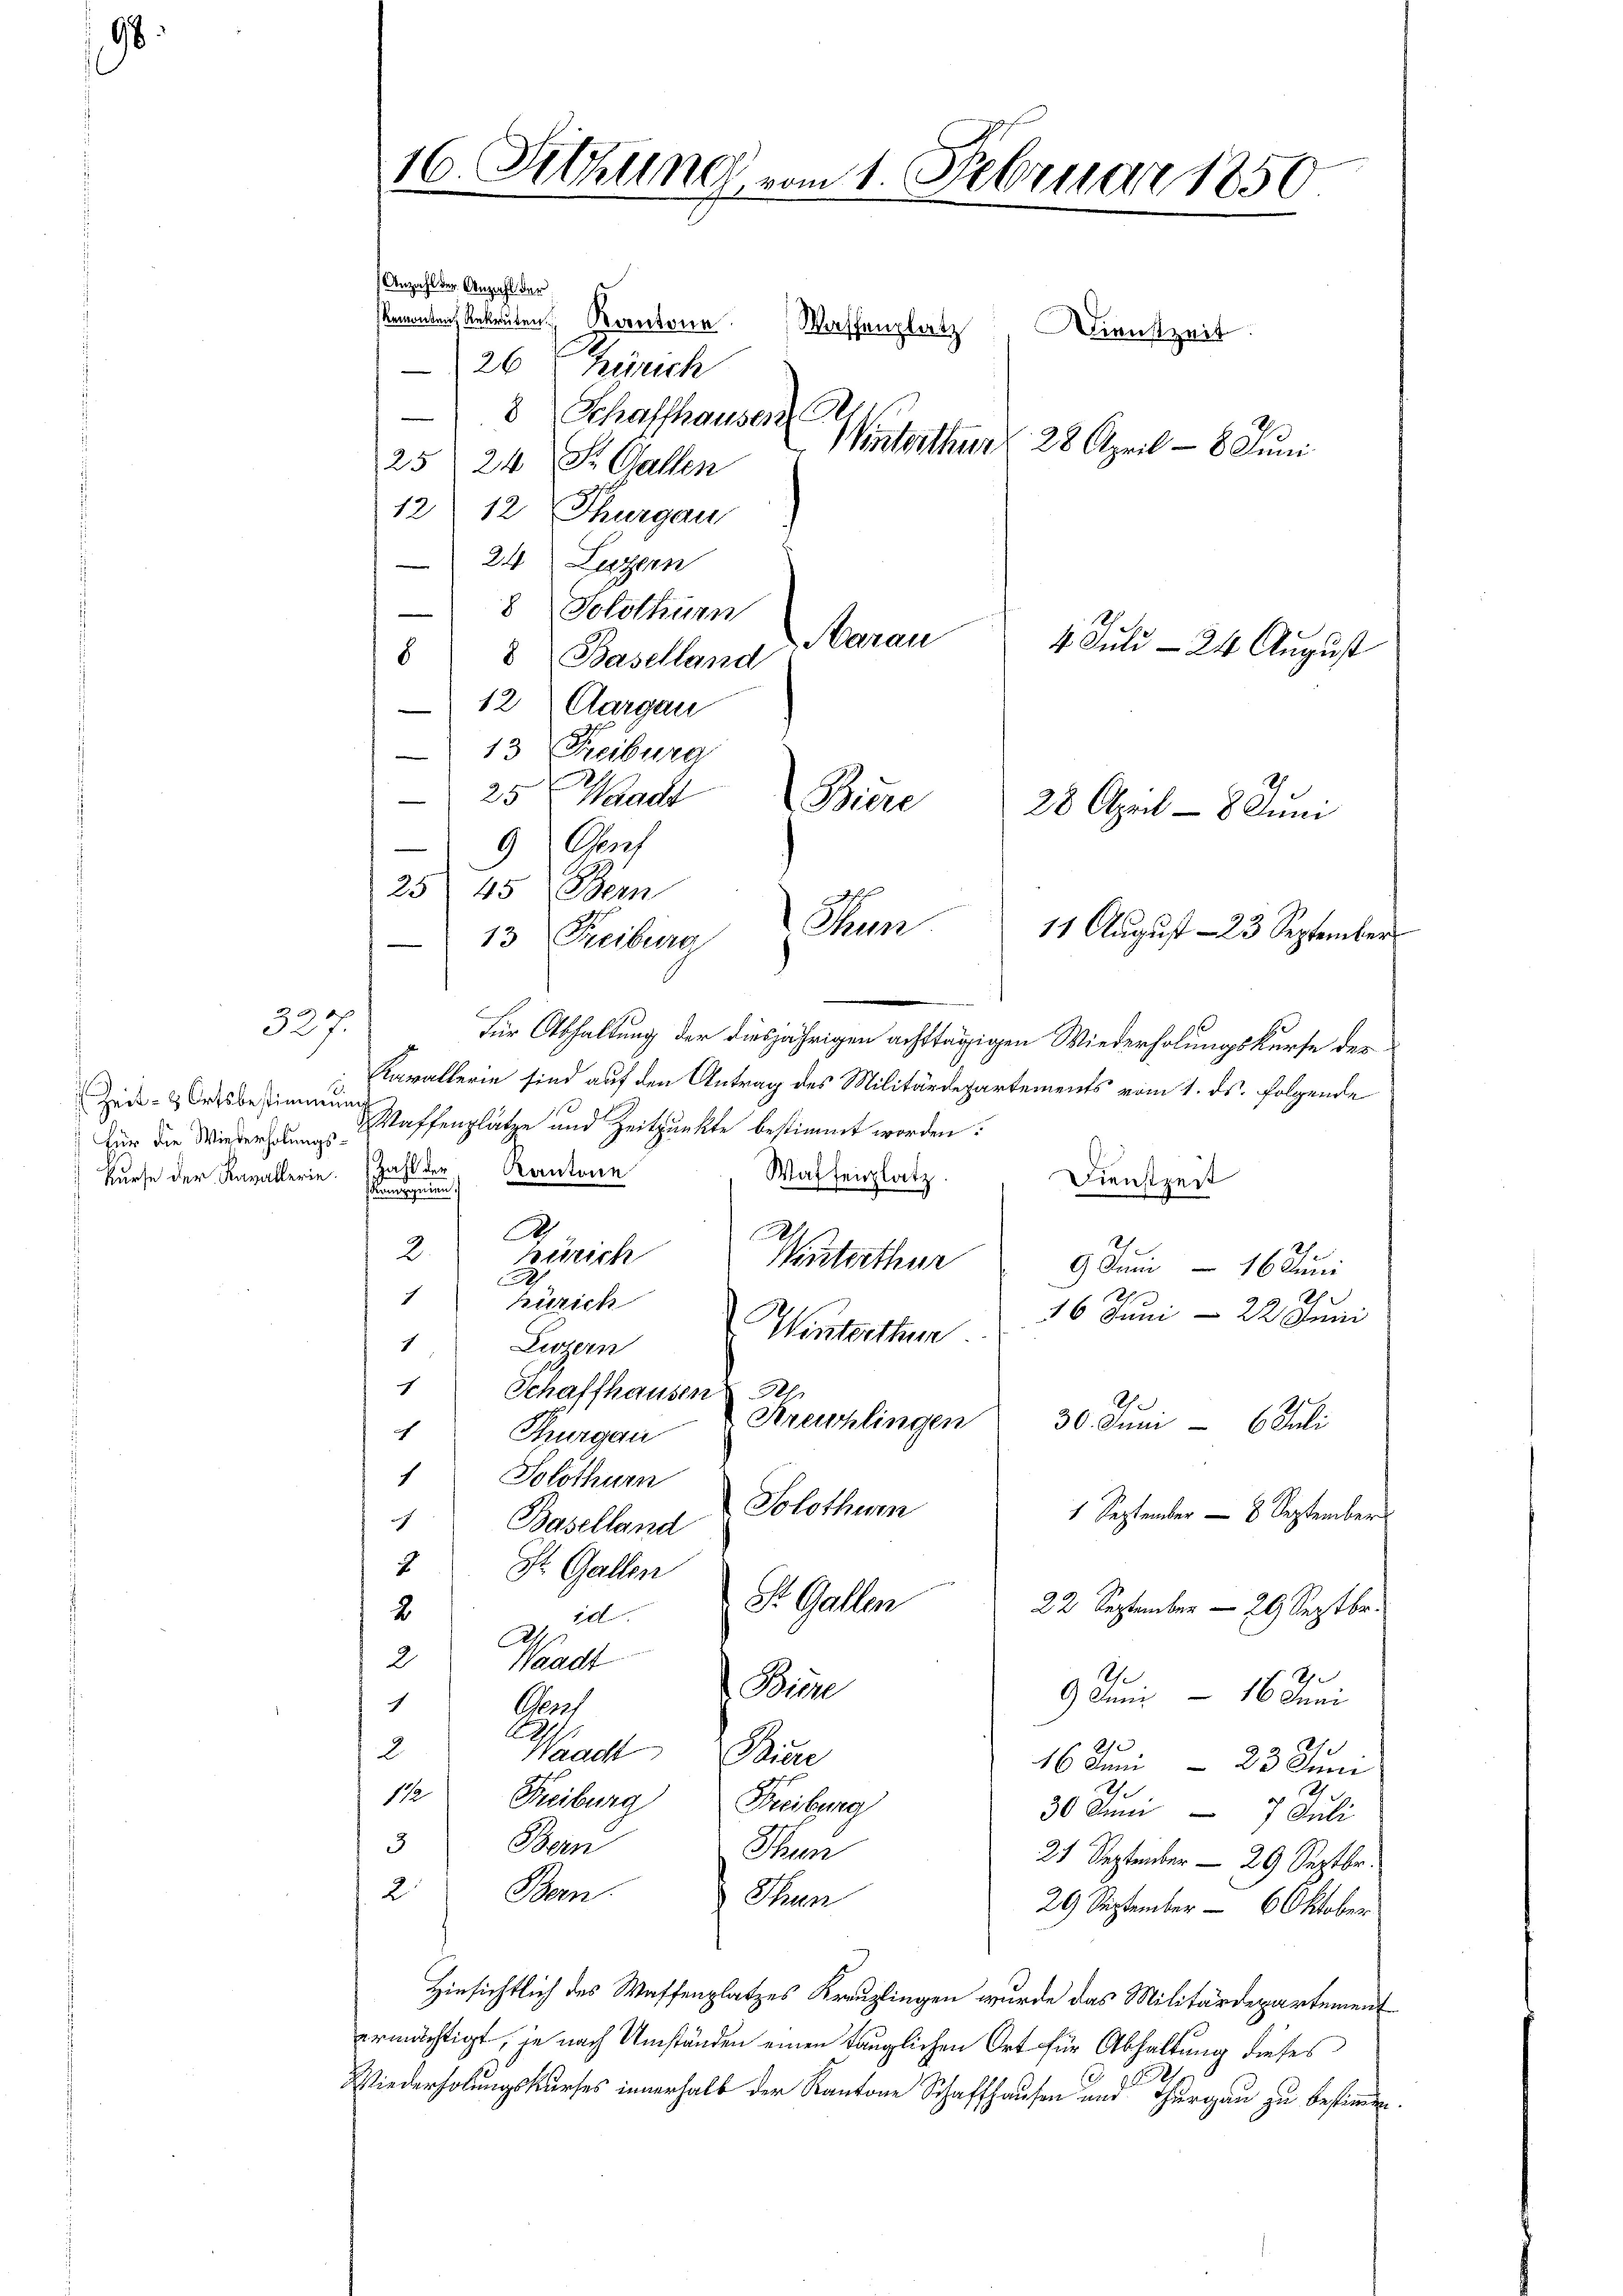
98.

Zeit- & Ortsbestimmung
Für die Wiederholungskurse der Kavallerie.

327.

Anzahl der Anzahl der
sRemonten Rekruten Berectonn. Wassenplatz
26 t Zürich
8 Schaffhausen
25: 24 St. Gallen
12 12 Thurgau
24 Luzern
8 Solothurn
8
d Baselland
12. Aargau
13 Freiburg
25 Waadt
Cors
2545 Bern
Thun
11 August – 23 September
13 Freiburg
Für Abhaltung der diesjährigen achttägigen Wiederholungskurfe der
Kavallerin sind auf den Antrag des Militärdepartements vom 1. ds. folgende
Waffenplätze und Zeitpunkte bestimmt worden:
Zahl der
Kantone
Waffenplatz
Dienstzeit
stimmungen.
.
.
s
2.
Berrich
Winterthur
9 Juni 16 Juni
.
e
h
c
Zürich
16 Juni 22 Juni
Luzern Winterthurn
c
c
Schaffhausen der
Kruchlingen
30. Juni - 6. Juli
ich
Thurgau
Solothurn
Solothur
1 September — 8 September
1 Baselland
2 St. Gallen
St. Gallen
22 September — 29 Septbr.
2
10
At
2
Waadt
A
A
Biere
9 Juni 16 Mai
c
Nach
2
2
Waadt Biere
16 Juni 23 Jun
 2
1/2 Freiburg
Freibuna
30 Juni 7 Juli
3
Bern
Then
21 September — 29 Septbr.
2. Bern.
 Sen
29 September - 6 Oktober
Hinsichtlich des Waffenplatzes Kreuzlingen wurde das Militärdepartement
ermächtigt, je nach Umständen einen tauglichen Ort für Abhaltung dieses
Wiederholungskurses innerhalb der Kantone Schaffhausen und Thurgau zu bestimmen.

16 Fittung vom 1. Februar 1850.

Dienstzeit
Wntither 28. April - 8. Juni

Aarau

4. Juli - 24 August

Sin
28 April - 8 Juni